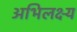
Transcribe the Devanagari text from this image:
अभिलक्ष्य